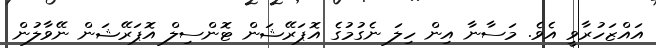
އައްޒަހުރާވީ އެވެ. މަސާނާ އިން ހިލަ ނެގުމުގެ އޮޕަރޭޝަން ޓޮންސިލް އޮޕަރޭޝަން ނޭވާލުން